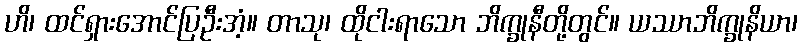
ဟိ၊ ထင်ရှားအောင်ပြဦးအံ့။ တာသု၊ ထိုငါးရာသော ဘိက္ခုနီတို့တွင်။ ယဿာဘိက္ခုနိယာ၊